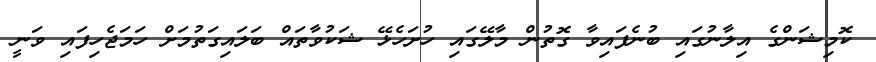
ކޮމިޝަންގެ އިލާނުގައި ބުނެފައިވާ ގޮތުން މާލޭގައި ހުށަހެޅޭ ޝަކުވާތައް ބަލައިގަތުމަށް ހަމަޖެހިފައި ވަނީ